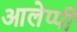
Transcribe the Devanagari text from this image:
आलेप्पी